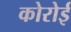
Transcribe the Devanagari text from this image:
कोरोई